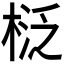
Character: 𣓦